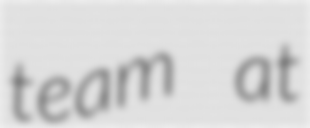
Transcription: team at